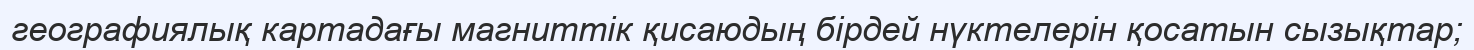
географиялық картадағы магниттік қисаюдың бірдей нүктелерін қосатын сызықтар;